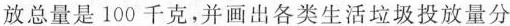
放总量是100千克，并画出各类生活垃圾投放量分